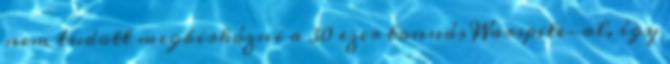
nem tudott megbirkózni a 30 ezer tonnás Warspite-al, így